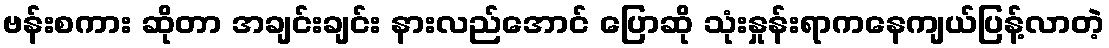
ဗန်းစကား ဆိုတာ အချင်းချင်း နားလည်အောင် ပြောဆို သုံးနှုန်းရာကနေကျယ်ပြန့်လာတဲ့